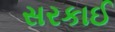
સરકાઈ